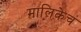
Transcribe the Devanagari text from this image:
मालिकेचं